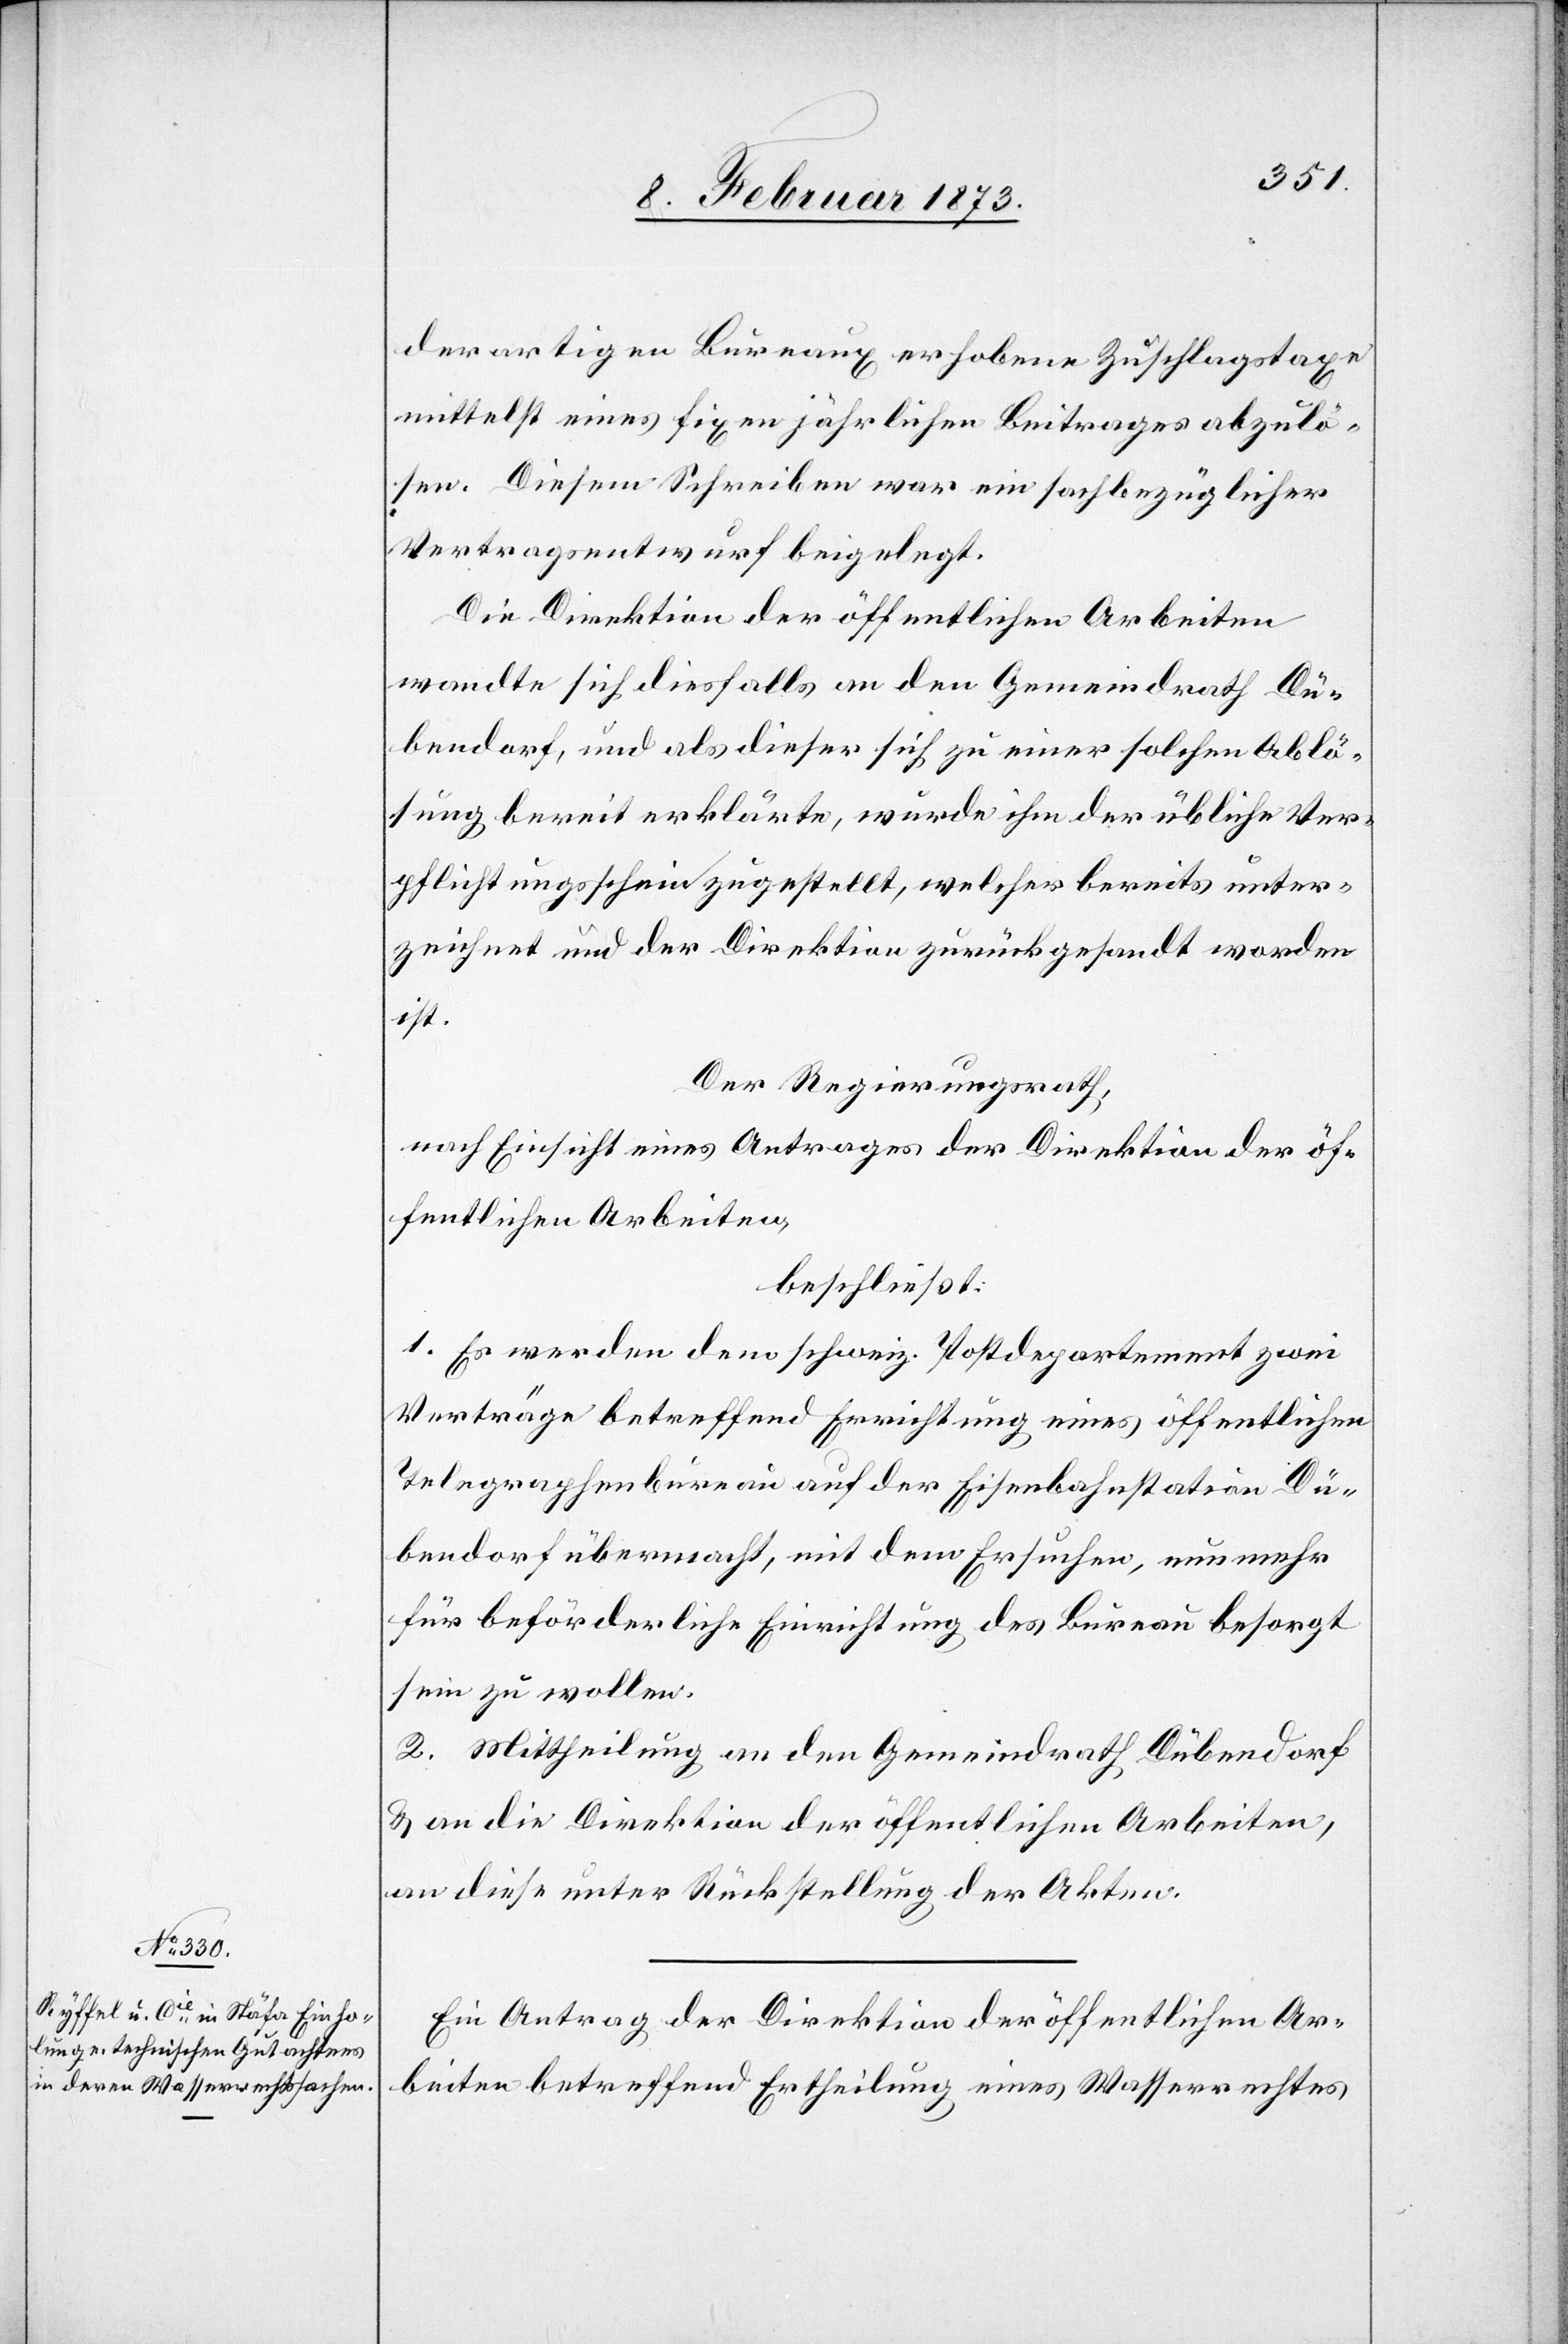
derartigen Bureaux erhobene Zuschlagstaxe
mittelst eines fixen jährlichen Beitrages abzulö¬
sen. Diesem Schreiben war ein sachbezüglicher
Vertragsentwurf beigelegt.
Die Direktion der öffentlichen Arbeiten
wandte sich diesfalls an den Gemeindrath Dü¬
bendorf, und als dieser sich zu einer solchen Ablö¬
sung bereit erklärte, wurde ihm der übliche Ver¬
pflichtungsschein zugestellt, welcher bereits unter¬
zeichnet und der Direktion zurückgesandt worden
ist.
Der Regierungsrath,
nach Einsicht eines Antrages der Direktion der öf¬
fentlichen Arbeiten,
beschließt:
1. Es werden dem schweiz. Postdepartement zwei
Verträge betreffend Errichtung eines öffentlichen
Telegraphenbureau auf der Eisenbahnstation Dü¬
bendorf übermacht, mit dem Ersuchen, nunmehr
für beförderliche Einrichtung des Bureau besorgt
sein zu wollen.
2. Mittheilung an den Gemeindrath Dübendorf
u. an die Direktion der öffentlichen Arbeiten,
an diese unter Rückstellung der Akten.
Ein Antrag der Direktion der öffentlichen Ar¬
beiten betreffend Ertheilung eines Wasserrechtes